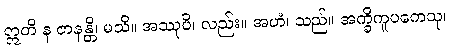
ဣတိ န ဇာနန္တိ၊ မသိ။ အဿုပိ၊ လည်း။ အဟံ၊ သည်။ အက္ခိကူပကေသု၊